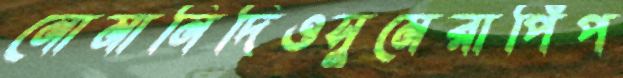
নোমানিদিওসুমেরাপিঁপ